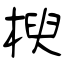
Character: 楰